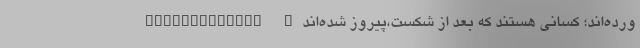
ورده‌اند؛ کسانی هستند که بعد از شکست،پیروز شده‌اند… _____________